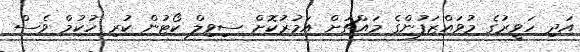
އަދި ހަވީރުގެ މުވައްޒަފުންގެ މައްޗަށް އަމުރުކޮށް ސިވިލް ކޯޓުން ކުރި ހުކުމް ވެސް